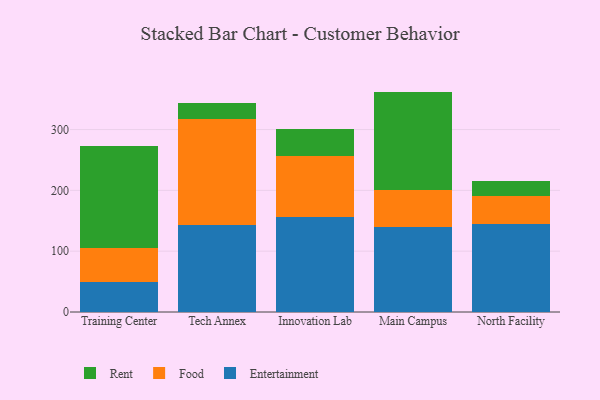
{"axis": {"x": "Campus", "y": "Tickets Resolved"}, "legend": ["Entertainment", "Food", "Rent"], "data": [{"x": "Training Center", "y": 49.2, "type": "Entertainment"}, {"x": "Training Center", "y": 55.3, "type": "Food"}, {"x": "Training Center", "y": 168.2, "type": "Rent"}, {"x": "Tech Annex", "y": 143.1, "type": "Entertainment"}, {"x": "Tech Annex", "y": 174.4, "type": "Food"}, {"x": "Tech Annex", "y": 26.7, "type": "Rent"}, {"x": "Innovation Lab", "y": 156.2, "type": "Entertainment"}, {"x": "Innovation Lab", "y": 99.6, "type": "Food"}, {"x": "Innovation Lab", "y": 44.8, "type": "Rent"}, {"x": "Main Campus", "y": 140.1, "type": "Entertainment"}, {"x": "Main Campus", "y": 60.4, "type": "Food"}, {"x": "Main Campus", "y": 161.9, "type": "Rent"}, {"x": "North Facility", "y": 145.3, "type": "Entertainment"}, {"x": "North Facility", "y": 45.4, "type": "Food"}, {"x": "North Facility", "y": 24.1, "type": "Rent"}]}